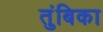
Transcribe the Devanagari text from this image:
तुंबिका